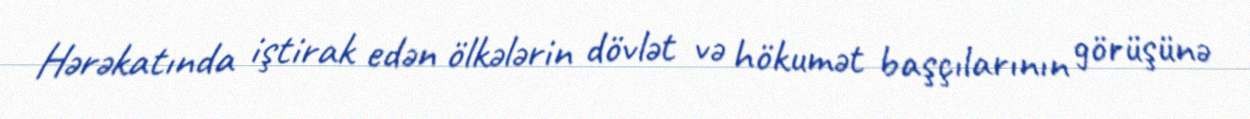
Hərəkatında iştirak edən ölkələrin dövlət və hökumət başçılarının görüşünə